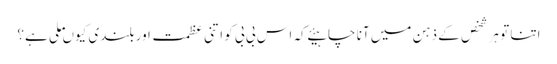
اتنا تو ہر شخص کے ذہن میں آنا چاہیئے کہ اس بی بی کو اتنی عظمت اور بلندی کیوں ملی ہے؟